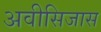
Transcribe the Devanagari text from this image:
अवीसिजास